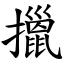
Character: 擸